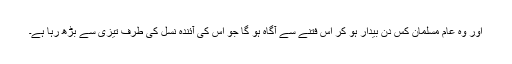
اور وہ عام مسلمان کس دن بیدار ہو کر اس فتنے سے آگاہ ہو گا جو اس کی آئندہ نسل کی طرف تیزی سے بڑھ رہا ہے۔